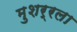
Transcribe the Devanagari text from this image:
मुशर्रला